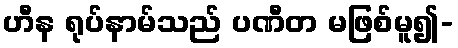
ဟီန ရုပ်နာမ်သည် ပဏီတ မဖြစ်မူ၍-